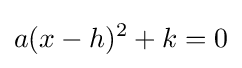
a(x-h)^{2}+k=0